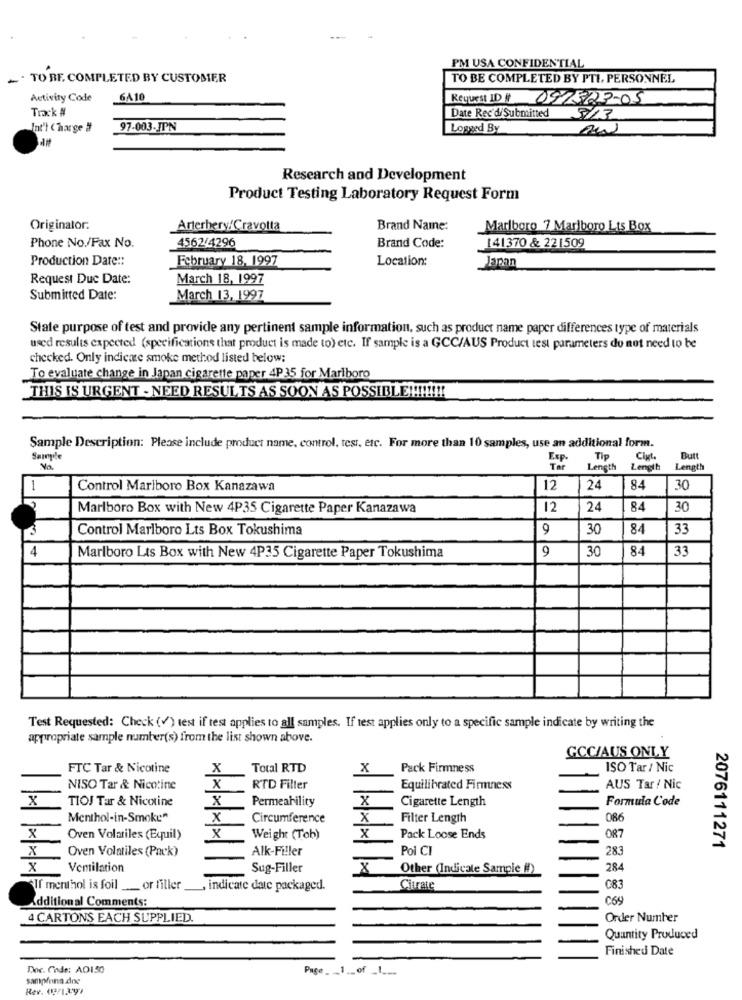
PM USA CONFIDENTIAL
- TO BE COMPLETED BY CUSTOMER
TO BE COMPLETED BY PTI, PERSONNEL
Activity Code
6A10
Request ID it 097523-05
Track #
Date Rec'd/ Submitted
Int'l Charge #
97-003-JPN
Logged By
Research and Development
Product Testing Laboratory Request Form
Originator.
Arterhery/Cravolta
Brand Name:
Marlboro 7 Marlboro Lts Box
Phone No./Fax No.
4562/4296
Brand Code:
141370 & 221509
Production Date ::
February 18, 1997
Location:
Japan
Request Due Date:
March 18, 1997
Submitted Date:
March 13, 1997
State purpose of test and provide any pertinent sample information, such as product name paper differences type of materials
used results expected (specifications that product is made to) etc. If sample is a GCC/AUS Product test parameters do not need to be
checked. Only indicate smoke method listed below:
To evaluate change in Japan cigarette paper 4P 35 for Marlboro
THIS IS URGENT - NEED RESULTS AS SOON AS POSSIBLE !!!!!!!
Sample Description: Please include product name, control, test, etc. For more than 10 samples, use an additional form.
Tip
Ciyt
Butt
Length
Length
Length
1
Control Marlboro Box Kanazawa
12
24
84
30
Marlboro Box with New 4P35 Cigarette Paper Kanazawa
12
24
84
30
3
Control Marlboro Lts Box Tokushima
9
30
84
33
4
9
30
84
Marlboro Lts Box with New 4P35 Cigarette Paper Tokushima
33
Test Requested: Check (V) test if test applies to all samples. If test applies only to a specific sample indicate by writing the
appropriate sample number(s) from the list shown above.
GCCJAUS ONLY
FTC Tar & Nicotine
X
Total RTD
X
Pack Firmness
ISO Tar / Nic
X
NISO Tar & Nicotine
RTD Filler
Equilibrated Firmness
AUS Tar / Nic
x
TIOJ Tar & Nicotine
X
Permeability
Cigarette Length
Formula Code
X
Menthol-in-Smoke"
X
Circumference
X
Filter Length
086
x
Oven Volatiles (Equil)
x
Weight (Tob)
X
Pack Loose Ends
087
X
Oven Volatiles (Pack)
Alk-Filler
Poi CI
283
2076111271
x
Vemilation
Sug-Filler
Other (Indicate Sampie #)
284
"If menthol is foil __ or filler
, indicate date packaged.
Citrate
C83
dditional Comments:
C69
4 CARTONS EACH SUPPLIED.
Order Number
Quantity Produced
Finished Date
Doc. Code: AD130
Page_ __ 1 __ of _____
sampiona.dine
Rev. (3/1297